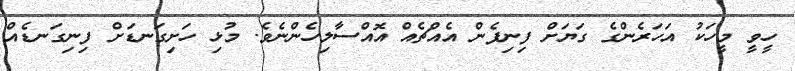
ހީވީ މީހަކު އަހަރެންގެ ގަޔަށް ފިނިފެން އެއްޗެއް އޮއްސާލިހެންނެވެ. މުޅި ހަށިގަނޑަށް ފިނިގަނޑެއް